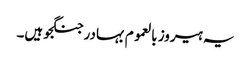
یہ ہیروز بالعموم بہادر جنگجو ہیں۔